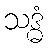
သဒ္ဓံ